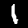
Digit: 1